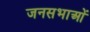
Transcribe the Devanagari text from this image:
जनसभाआें